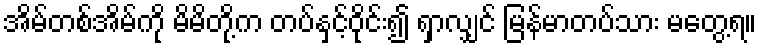
အိမ်တစ်အိမ်ကို မိမိတို့က တပ်နှင့်ဝိုင်း၍ ရှာလျှင် မြန်မာတပ်သား မတွေ့ရ။